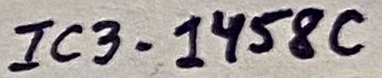
Text: IC3-1458C